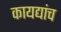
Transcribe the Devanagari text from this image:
कायद्यांच